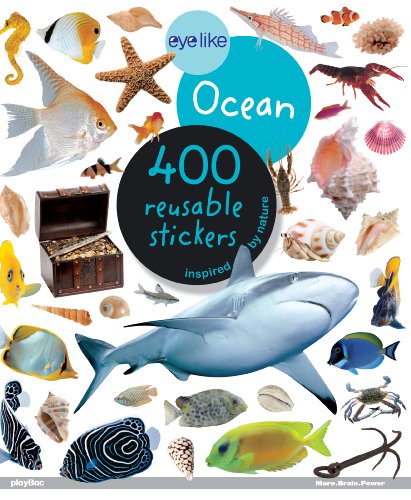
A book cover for Eyelike Stickers: Ocean; Workman Publishing; Children's Books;